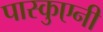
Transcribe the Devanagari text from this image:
पास्कुएनी